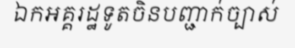
ឯកអគ្គរដ្ឋទូតចិនបញ្ជាក់ច្បាស់